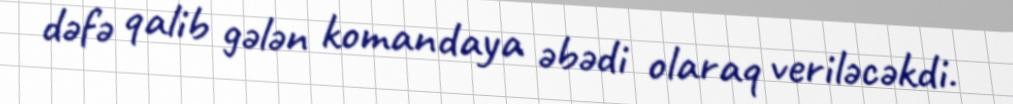
dəfə qalib gələn komandaya əbədi olaraq veriləcəkdi.